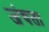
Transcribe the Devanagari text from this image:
जंचता